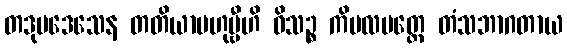
တဒုပဒေသေန တတိယာဗဟုဗ္ဗီဟိ ဝိသဉ္စ ကိမလမတ္ထေ တံသဘာဂတာယ